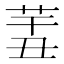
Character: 𦍟